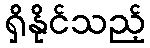
ရှိနိုင်သည့်